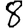
Digit: 8